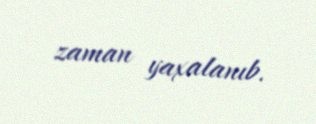
zaman yaxalanıb.